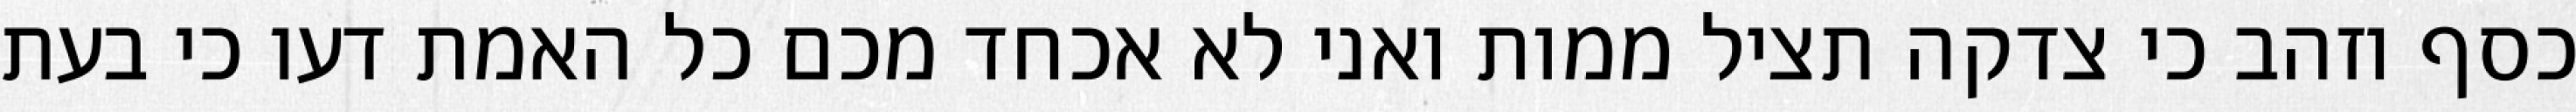
כסף וזהב כי צדקה תציל ממות ואני לא אכחד מכם כל האמת דעו כי בעת